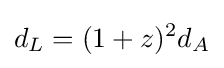
d_{L}=(1+z)^{2}d_{A}